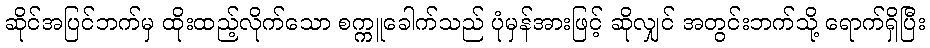
ဆိုင်အပြင်ဘက်မှ ထိုးထည့်လိုက်သော စက္ကူခေါက်သည် ပုံမှန်အားဖြင့် ဆိုလျှင် အတွင်းဘက်သို့ ရောက်ရှိပြီး